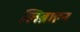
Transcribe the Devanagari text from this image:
लिब्राहन